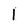
Character: 1